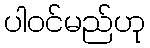
ပါဝင်မည်ဟု